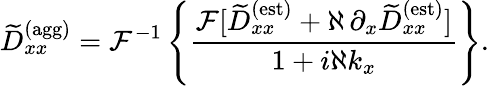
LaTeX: \widetilde{D}_{xx}^{\textrm{(agg)}}=\mathcal{F}^{-1}\left\{ \frac{\mathcal{F}[\widetilde{D}_{xx}^{\textrm{(est)}}+\aleph\, \partial_{x}\widetilde{D}_{xx}^{\textrm{(est)}}]}{1+i\aleph k_{x}}\right\} .